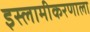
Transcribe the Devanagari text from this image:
इस्लामीकरणाला